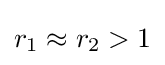
r_{1}\approx r_{2}>1